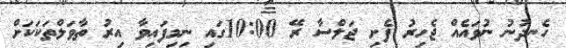
ހެނދުނު ނުވައެއް ޖެހިރު ފެށި ޖަލްސާ ރޭ 10:00ގައި ނިމިފައިވާ އިރު ތާވަލްތަކަކަށް